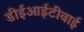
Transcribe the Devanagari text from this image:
डीईआईटीवाई